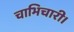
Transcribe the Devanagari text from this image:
चाभिचारी।